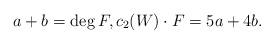
LaTeX: \begin{align*}a+b=\deg F,c_2(W)\cdot F=5a+4b.\end{align*}